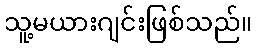
သူ့မယားဂျင်းဖြစ်သည်။